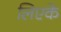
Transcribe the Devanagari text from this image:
लिएके